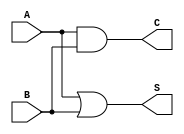
module threshold_half_adder (
    input wire A,  // First binary input
    input wire B,  // Second binary input
    output wire S, // Sum output
    output wire C  // Carry output
);

// Sum output (S) using threshold logic
assign S = (A | B); // S = 1 if A + B >= 1, otherwise S = 0

// Carry output (C) using AND logic
assign C = A & B; // C = 1 if A = 1 AND B = 1, otherwise C = 0

endmodule